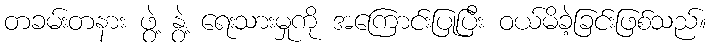
တခမ်းတနား ဖွဲ့ နွဲ့ ရေးသားမှုကို အကြောင်းပြုပြီး ဝယ်မိခဲ့ခြင်းဖြစ်သည်။